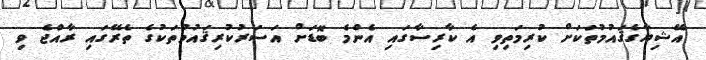
އޭޝިޔާގެޤައުމުތަކަށް ކުރިމަތިވި އެ ކާރިސާގައި އެންމެ ބޮޑަށް އަސަރުކުރިޤައުމުތަކުގެ ތެރޭގައި ރާއްޖެ ވި